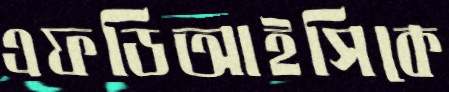
এফডিআইসিকে